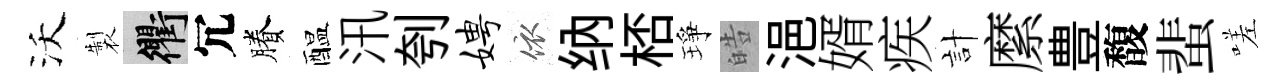
沃製衢冗賸醖汛刳娉依纳桮琤皓浥婿疾計縻豊馥蜚嗟